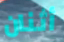
أثنان